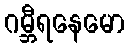
ဂမ္ဘီရနေမော